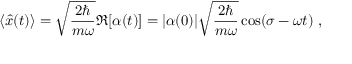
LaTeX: \langle { \hat { x } } ( t ) \rangle = { \sqrt { \frac { 2 \hbar } { m \omega } } } \Re [ \alpha ( t ) ] = | \alpha ( 0 ) | { \sqrt { \frac { 2 \hbar } { m \omega } } } \cos ( \sigma - \omega t ) ~ ,